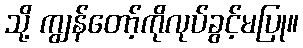
သို့ ကျွန်တော့်ကိုလုပ်ခွင့်မပြု။